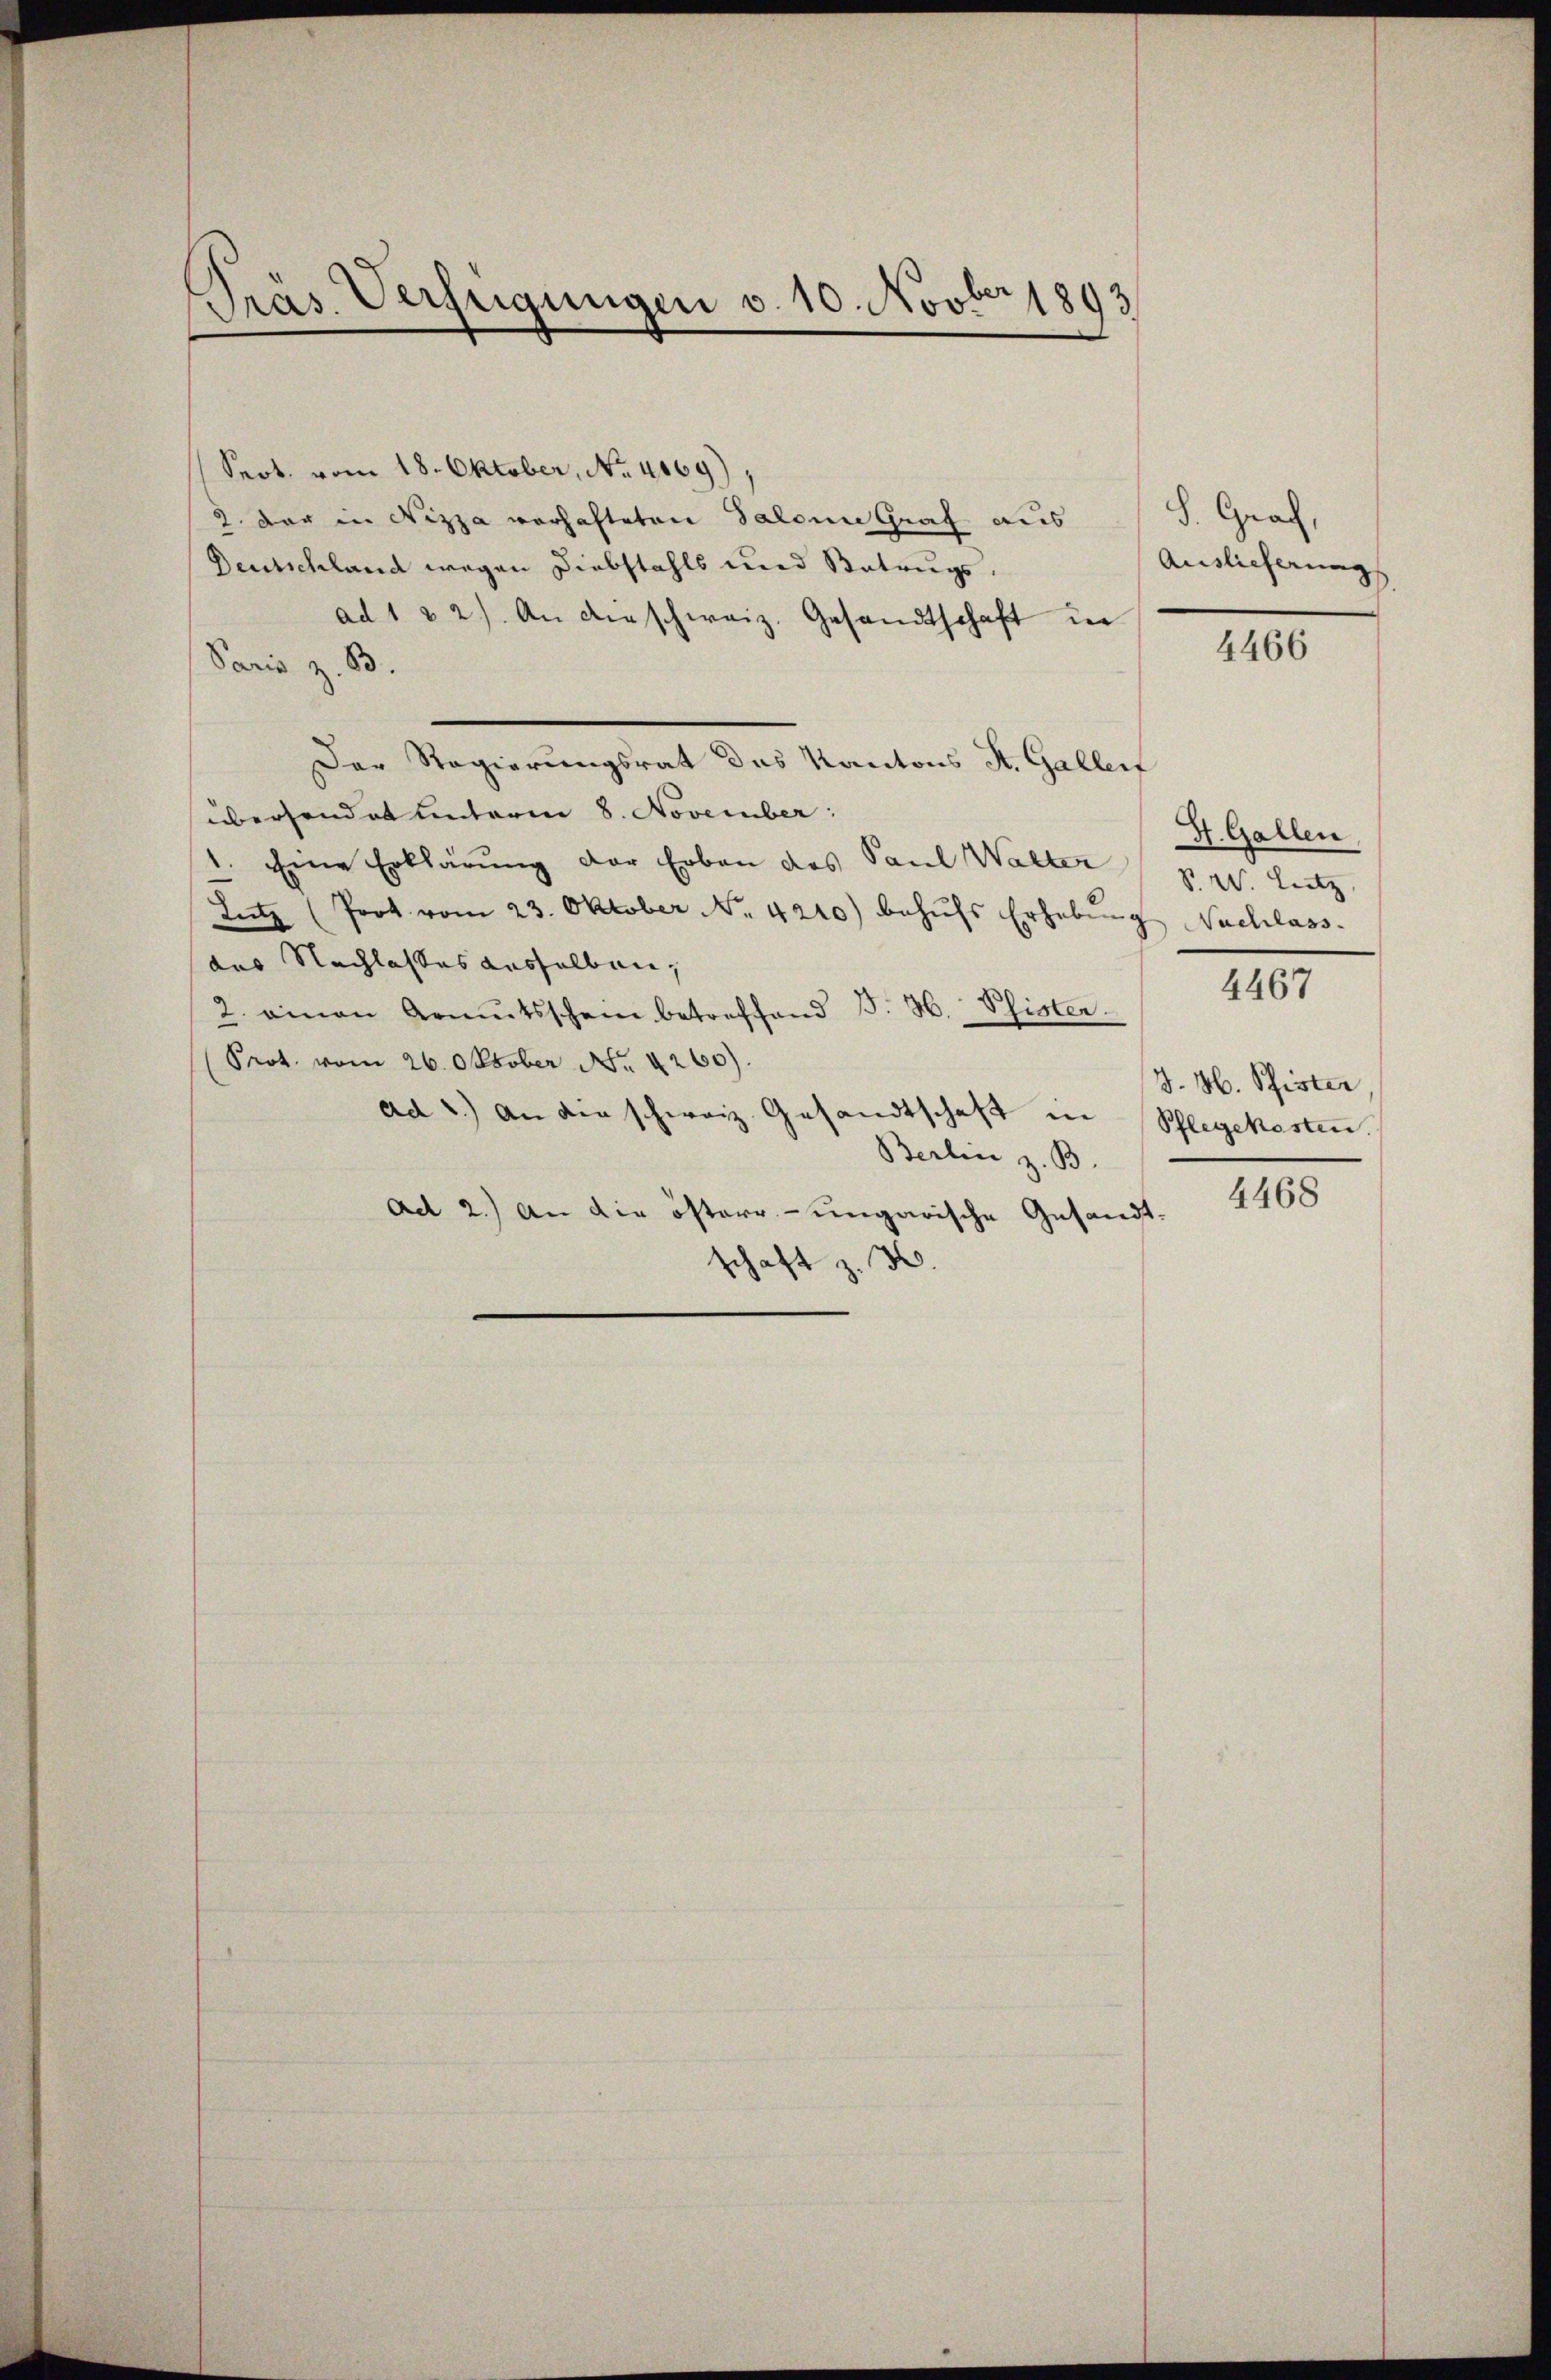
Präs. Verfügungen v. 10. Novber 1893

Seot. vom 18. Oktober, No. 4069)
2. Der in Nizza verhafteten Salona Graf aus S. Grach,
Deutschland wegen Diebstahls und Betrugs
ad 1 & 2). An dieschweiz. Gesandtschaft in
Paris z. B.
Der Regierungsrat des Kantons St. Galler
übersendet unterm 8. November:
1. Eine Erklärung der Erben des Paul Walter v. Letz
Lutz (Prot vom 23. Oktober No. 4210) behŭfs Erhebŭng Nachlass.
das Nachlasses ausselben,
2. einen Armŭtsschein betreffend J. H. Pfister
Prot. vom 26. Oktober Nr. 4260).
ad 2.) an die schweiz. Gesandtschaft in Schlegekosten.
Berlin z. B.
ad 2.) An die östere - ungarische Gesandtschaft z. B.

Auslieferung

4466

H. Gallen

4467

J. M. Pfister

4468